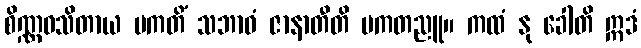
စိဏ္ဏဝသိတာယ ပကတိံ သဘာဝံ ဇာနာတီတိ ပကတညူ။ ကထံ နု ခေါတိ ဣဒံ